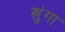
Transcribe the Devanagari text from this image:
खुंगा